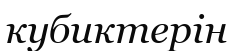
кубиктерін